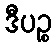
ဒီပဉ္စ